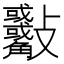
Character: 𣀾